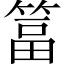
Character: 䈏